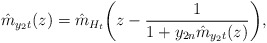
\begin{align*} \hat{m}_{y_2t}(z)=\hat{m}_{H_t} \biggl(z-\frac{1}{1+y_{2n}\hat{m}_{y_2t}(z)} \biggr),\end{align*}